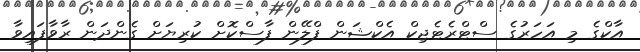
އާކްގެ މި އަހަރުގެ ސްޓްރެޓެޖިކް އެކްޝަން ފްލޭން ފާސްކޮށް ކުރިޔަށް ގެންދަން ރާވާފައިވާ